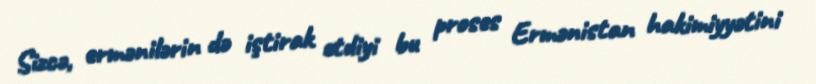
Sizcə, ermənilərin də iştirak etdiyi bu proses Ermənistan hakimiyyətini